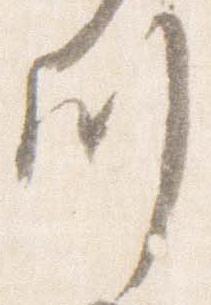
川